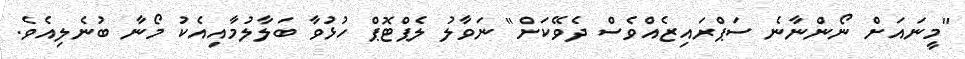
"މީނައަށް ނޯންނާނެ ސަޕްރައިޒެއްވެސް ދެވޭކަށް" ނަވާލު ލެޕްޓޮޕް ހުޅުވާ ބަލާލުމާއިއެކު މޯނާ ބުނެލިއެވެ.